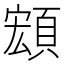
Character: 𩓘